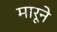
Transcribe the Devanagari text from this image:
मारूने